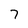
Character: 7